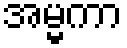
အမ္မကာ